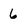
Character: 6